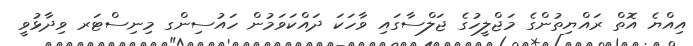
އިއްޔެ އޮތް ރައްޔިތުންގެ މަޖްލީހުގެ ޖަލްސާގައި ވާހަކަ ދައްކަވަމުން ހައުސިންގ މިނިސްޓަރ ވިދާޅުވީ